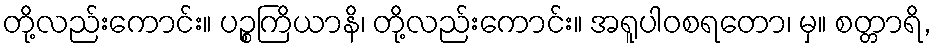
တို့လည်းကောင်း။ ပဉ္စကြိယာနိ၊ တို့လည်းကောင်း။ အရူပါဝစရတော၊ မှ။ စတ္တာရိ,